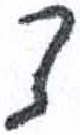
אות: צ